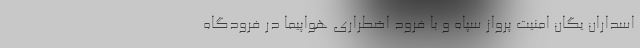
اسداران یگان امنیت پرواز سپاه و با فرود اضطراری هواپیما در فرودگاه